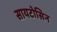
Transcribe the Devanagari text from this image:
सायटोसिन